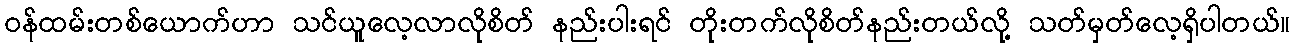
ဝန်ထမ်းတစ်ယောက်ဟာ သင်ယူလေ့လာလိုစိတ် နည်းပါးရင် တိုးတက်လိုစိတ်နည်းတယ်လို့ သတ်မှတ်လေ့ရှိပါတယ်။